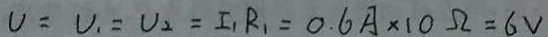
V = V _ { 1 } = U _ { 2 } = I _ { 1 } R _ { 1 } = 0 . 6 A \times 1 0 \Omega = 6 V